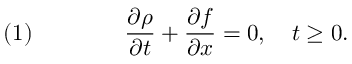
\quad ( 1 ) \qquad \qquad { \frac { \partial \rho } { \partial t } } + { \frac { \partial f } { \partial x } } = 0 , \quad t \geq 0 .